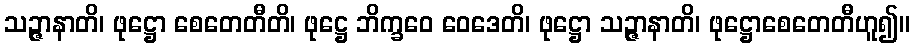
သဉ္ဇာနာတိ၊ ဖုဋ္ဌော စေတေတီတိ၊ ဖုဋ္ဌေ ဘိက္ခဝေ ဝေဒေတိ၊ ဖုဋ္ဌော သဉ္ဇာနာတိ၊ ဖုဋ္ဌောစေတေတီဟူ၍။